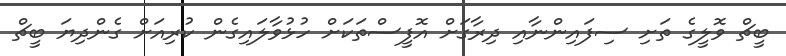
ބީޗް ވޮލީގެ ތަށި ސިފައިންނާއި ދިރާގަށް އޮފީސްތަކަށް ހުޅުވާލައިގެން ކުރިއަށް ގެންދިޔަ ބީޗް